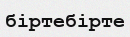
біртебірте